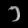
Digit: ၁